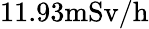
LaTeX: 11.93\mathrm{mSv/h}